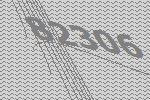
82306